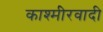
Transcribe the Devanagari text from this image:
काश्‍मीेरवादी